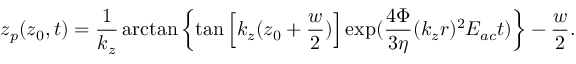
z _ { p } ( z _ { 0 } , t ) = \frac { 1 } { k _ { z } } \arctan \left\{ \tan \left[ k _ { z } ( z _ { 0 } + \frac { w } { 2 } ) \right] \exp ( \frac { 4 \Phi } { 3 \eta } ( k _ { z } r ) ^ { 2 } E _ { a c } t ) \right\} - \frac { w } { 2 } .